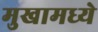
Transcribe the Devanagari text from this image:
मुखामध्ये